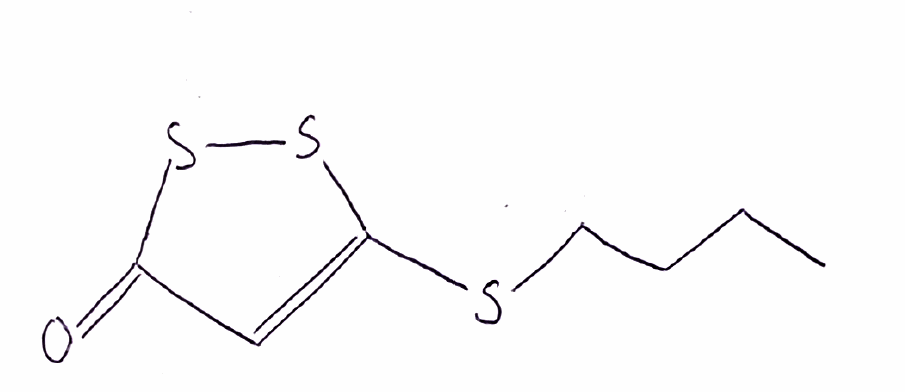
Simplified molecular-input line-entry system (SMILES) notation of the given molecule:
CCCCSC1=CC(=O)SS1